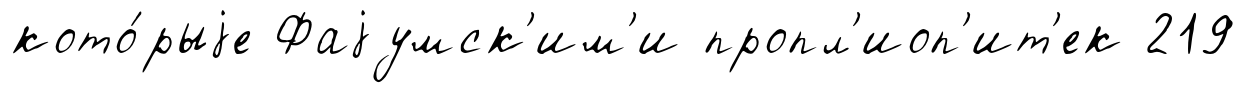
кото́рыjе Фаjумск'им'и пропл'иоп'ит'ек 219